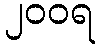
၂၀၀ရ